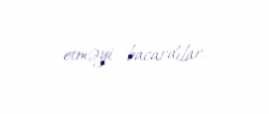
etməyi bacardılar.